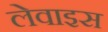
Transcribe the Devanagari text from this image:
लेवाइस